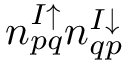
n _ { p q } ^ { I \uparrow } n _ { q p } ^ { I \downarrow }